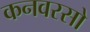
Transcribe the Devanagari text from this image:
कनवरसो